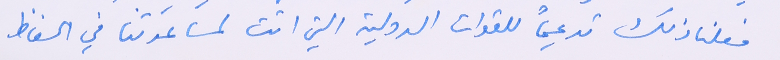
فعلنا ذلك تدعيماً للقوات الدولية التي اتت لمساعدتنا في الحفاظ